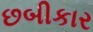
છબીકાર